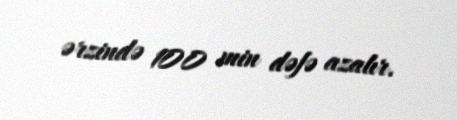
ərzində 100 min dəfə azalır.